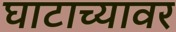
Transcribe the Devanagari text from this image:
घाटाच्यावर